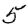
Digit: 5